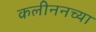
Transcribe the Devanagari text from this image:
कलीननच्या